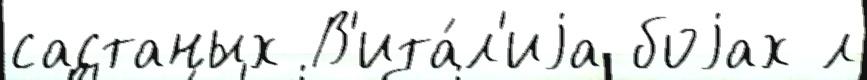
састаных В'ита́л'иjа боjах л